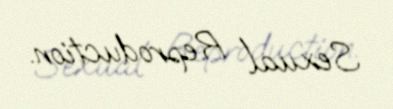
Sexual Reproduction.